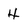
Character: 4